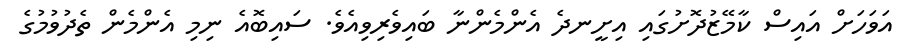
އަވަހަށް އައިސް ކާމޭޒުދޮށުގައި އިށީނދެ އެންމެންނާ ބައިވެރިވިއެވެ. ސައިބޮއެ ނިމި އެންމެން ތެދުވުމުގެ